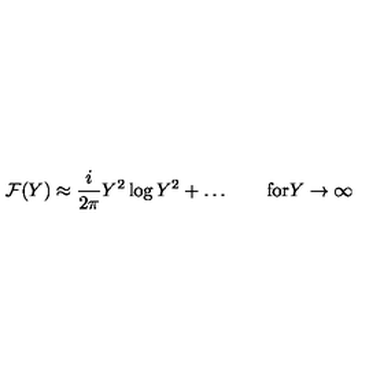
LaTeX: { \cal F } ( Y ) \approx \frac { i } { 2 \pi } Y ^ { 2 } \log { Y ^ { 2 } } + \ldots \qquad \mathrm { f o r } Y \to \infty